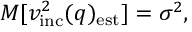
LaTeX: M [ v _ { \mathrm { i n c } } ^ { 2 } ( q ) _ { \mathrm { e s t } } ] = \sigma ^ { 2 } ,